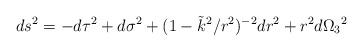
LaTeX: \begin{align*}ds^2= -d\tau^2+d\sigma^2 + (1-\tilde k^2/r^2)^{-2}dr^2 + r^2d\Omega_{3}{}^2\end{align*}